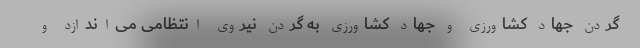
گردن جهاد کشاورزی و جهاد کشاورزی به گردن نیروی انتظامی می‌اندازد و